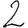
Digit: 2